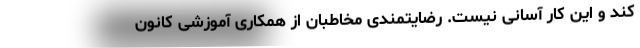
کند و این کار آسانی نیست. رضایتمندی مخاطبان از همکاری آموزشی کانون